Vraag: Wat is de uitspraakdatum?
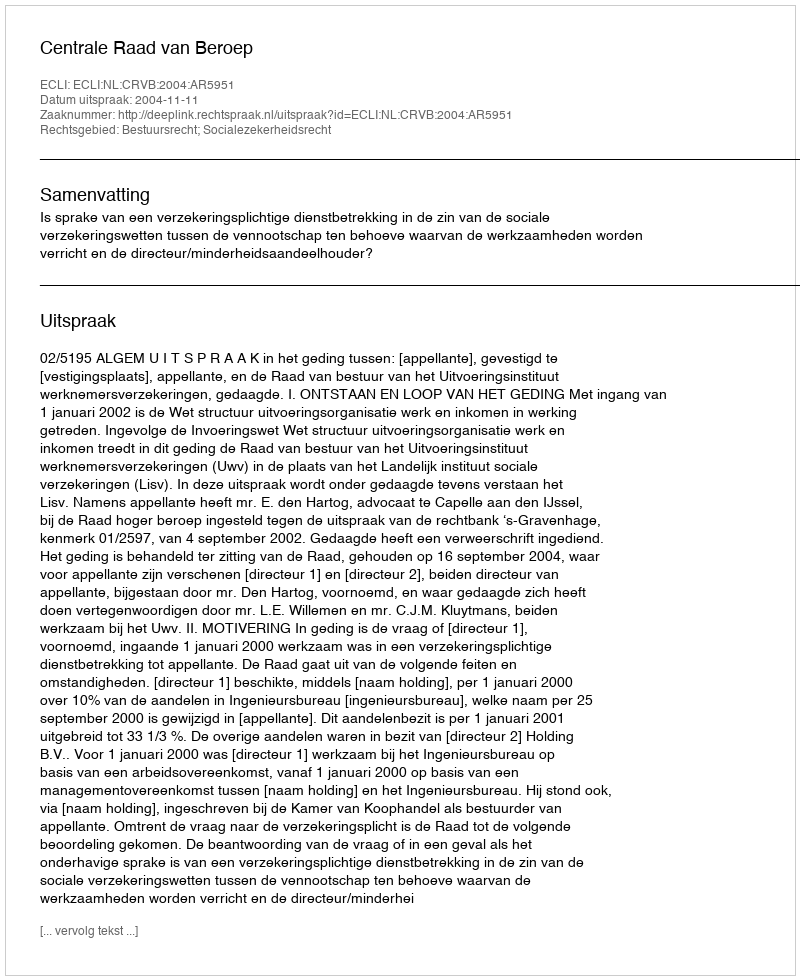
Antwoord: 2004-11-11